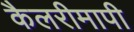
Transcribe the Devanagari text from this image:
कैलरीमापी